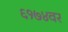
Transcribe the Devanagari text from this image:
६१७४वर